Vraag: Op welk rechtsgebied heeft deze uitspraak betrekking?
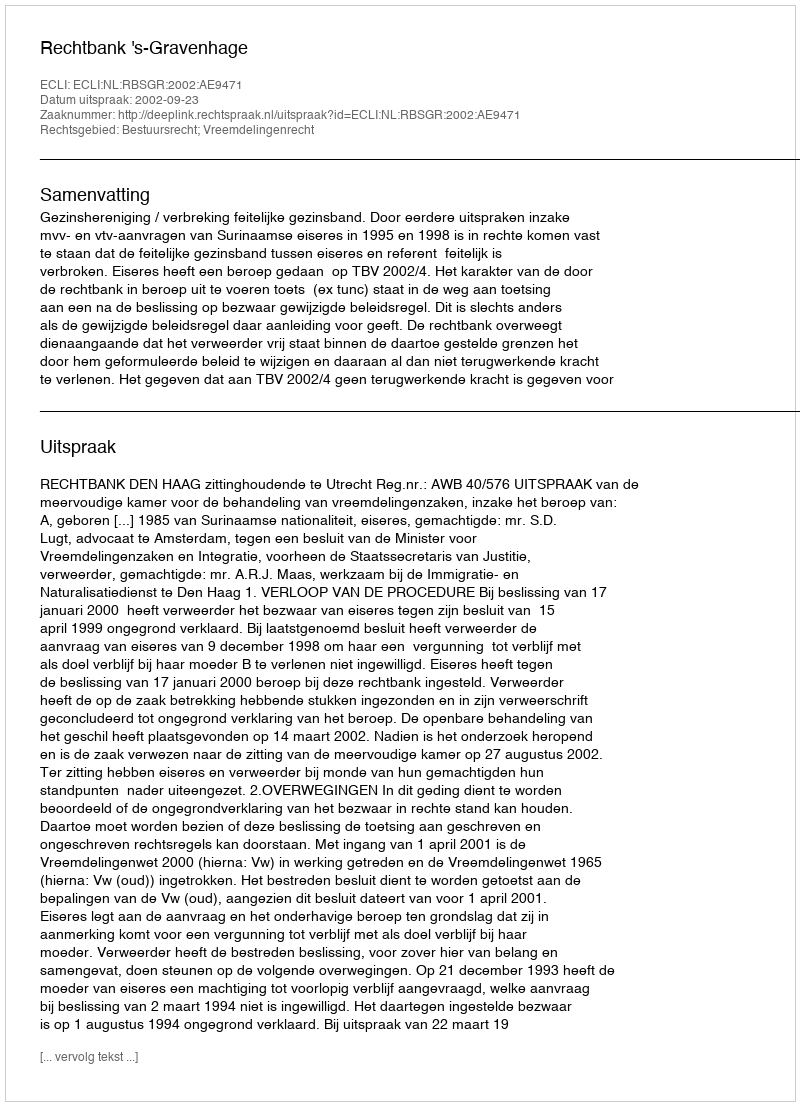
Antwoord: Bestuursrecht; Vreemdelingenrecht